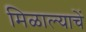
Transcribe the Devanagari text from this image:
मिळाल्याचें